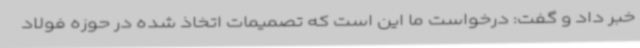
خبر داد و گفت: درخواست ما این است که تصمیمات اتخاذ شده در حوزه فولاد